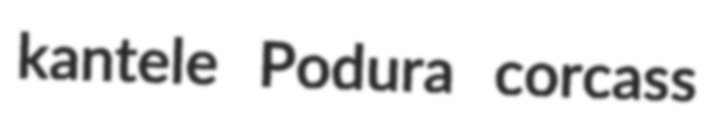
kantele Podura corcass